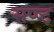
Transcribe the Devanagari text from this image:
सप्ष्ट